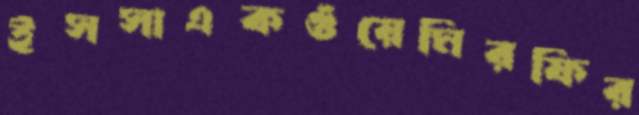
ইসসাএকগুঁয়েমিরফির